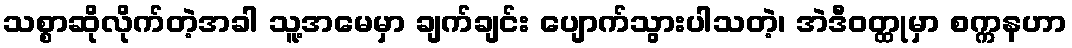
သစ္စာဆိုလိုက်တဲ့အခါ သူ့အမေမှာ ချက်ချင်း ပျောက်သွားပါသတဲ့၊ အဲဒီဝတ္ထုမှာ စက္ကနဟာ